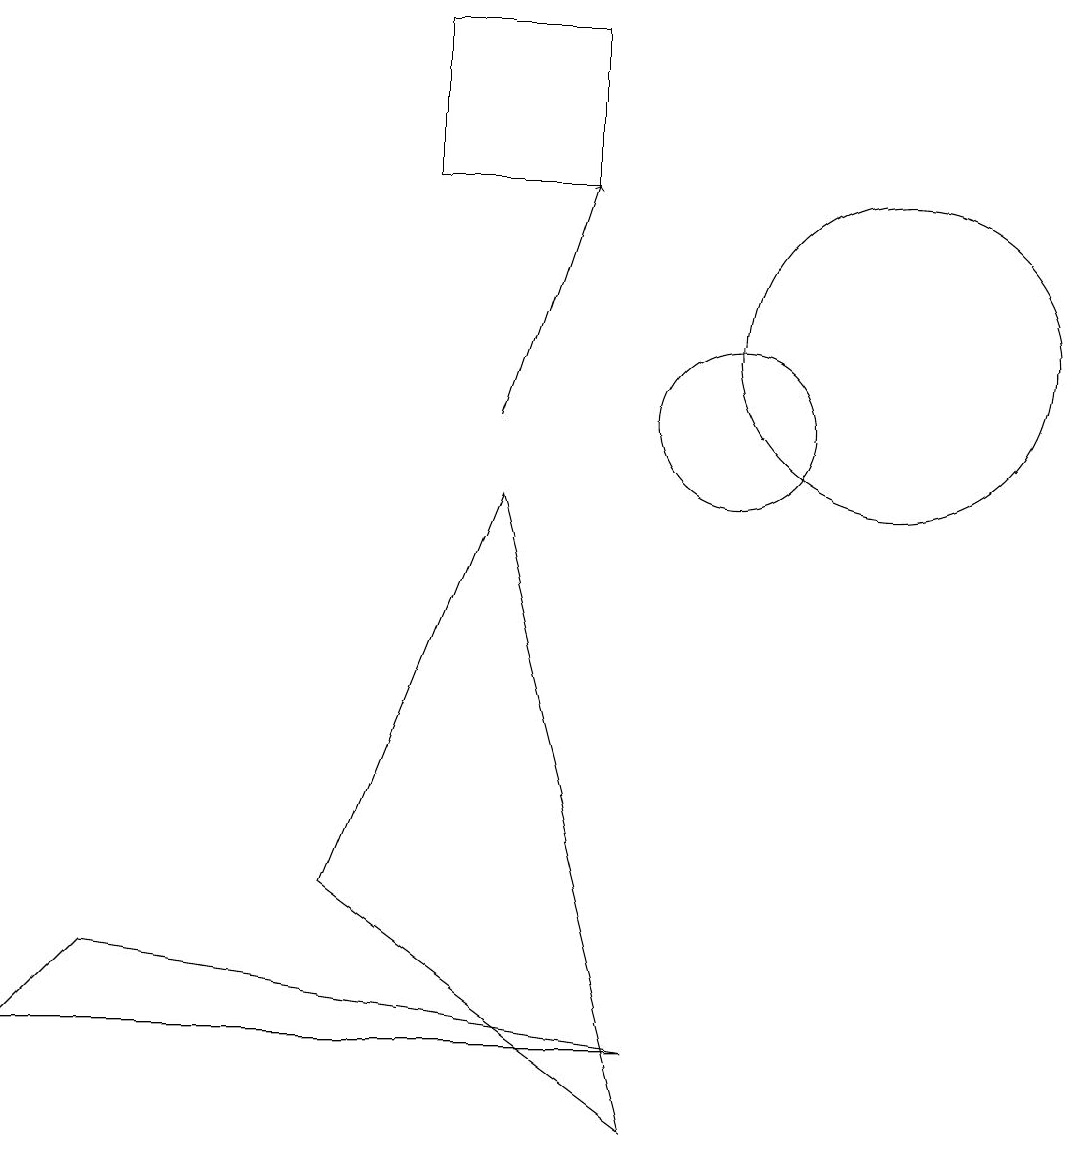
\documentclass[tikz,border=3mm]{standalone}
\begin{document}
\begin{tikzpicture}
\draw (8,15) rectangle (6,13);
\draw[->] (7,10) -- (8,13);
\draw (7,9) -- (5,4) -- (9,1) -- cycle;
\draw (9,2) -- (1,2) -- (2,3) -- cycle;
\draw (10,10) circle (1);
\draw (12,11) circle (2);
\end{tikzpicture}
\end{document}